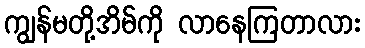
ကျွန်မတို့အိမ်ကို လာနေကြတာလား